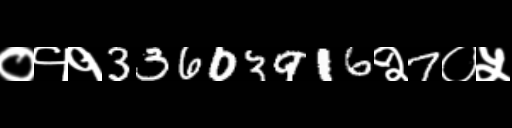
Text: ०११33603916२7०५